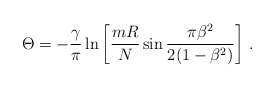
\begin{align*}\Theta = -\frac {\gamma}{\pi} \ln \left [ \frac {mR}{N} \sin \frac {\pi \beta ^2}{2(1-\beta ^2)} \right ] \, . \end{align*}